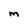
Character: m